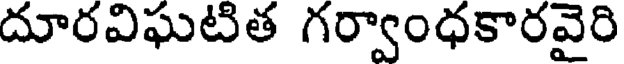
దూరవిఘటిత గర్వాంధకారవైరి